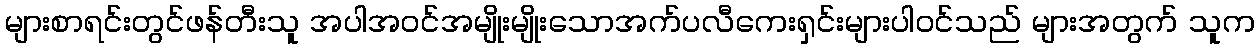
များစာရင်းတွင်ဖန်တီးသူ အပါအဝင်အမျိုးမျိုးသောအက်ပလီကေးရှင်းများပါဝင်သည် များအတွက် သူက